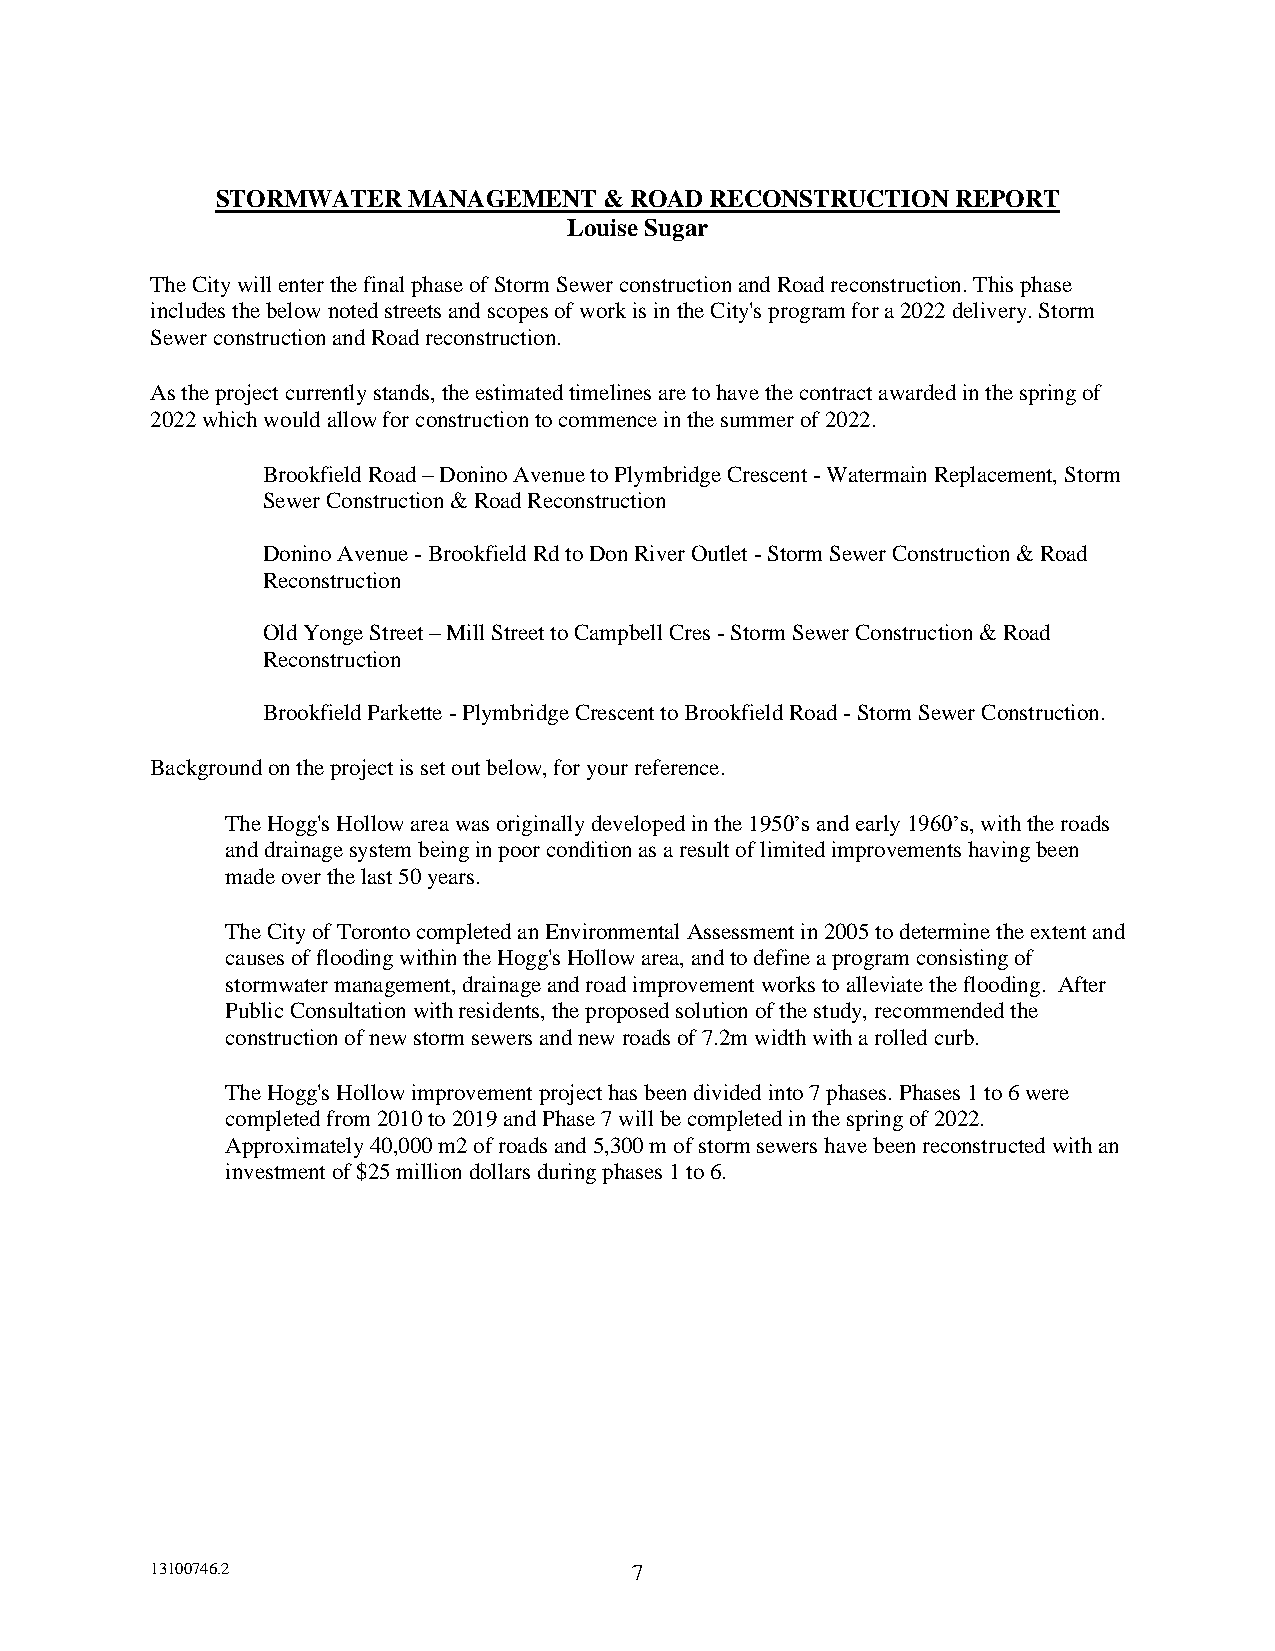
STORMWATER   MANAGEMENT   & ROAD RECONSTRUCTION  REPORT
 Louise Sugar
 The City will enter the final phase of Storm Sewer construction and Road reconstruction. This phase
 includes the below noted streets and scopes of work is in the City's program for a 2022 delivery. Storm
 Sewer construction and Road reconstruction.
 As the project currently stands, the estimated timelines are to have the contract awarded in the spring of
 2022 which would allow for construction to commence in the summer of 2022.
 Brookfield Road – Donino Avenue to Plymbridge Crescent - Watermain Replacement, Storm
 Sewer Construction & Road Reconstruction
 Donino Avenue - Brookfield Rd to Don River Outlet - Storm Sewer Construction & Road
 Reconstruction
 Old Yonge Street – Mill Street to Campbell Cres - Storm Sewer Construction & Road
 Reconstruction
 Brookfield Parkette - Plymbridge Crescent to Brookfield Road - Storm Sewer Construction.
 Background on the project is set out below, for your reference.
 The Hogg's Hollow area was originally developed in the 1950’s and early 1960’s, with the roads
 and drainage system being in poor condition as a result of limited improvements having been
 made over the last 50 years.
 The City of Toronto completed an Environmental Assessment in 2005 to determine the extent and
 causes of flooding within the Hogg's Hollow area, and to define a program consisting of
 stormwater management, drainage and road improvement works to alleviate the flooding. After
 Public Consultation with residents, the proposed solution of the study, recommended the
 construction of new storm sewers and new roads of 7.2m width with a rolled curb.
 The Hogg's Hollow improvement project has been divided into 7 phases. Phases 1 to 6 were
 completed from 2010 to 2019 and Phase 7 will be completed in the spring of 2022.
 Approximately 40,000 m2 of roads and 5,300 m of storm sewers have been reconstructed with an
 investment of $25 million dollars during phases 1 to 6.
 13100746.2                      7